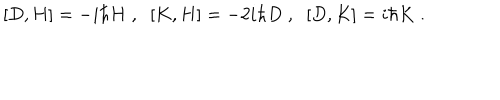
[ D , H ] = - i \hbar H \; , \; \; [ K , H ] = - 2 i \hbar D \; , \; \; [ D , K ] = i \hbar K \; .